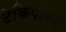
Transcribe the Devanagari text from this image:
टेकिपनिया